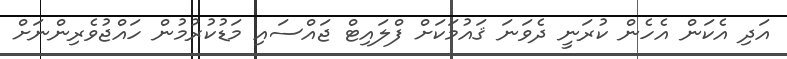
އަދި އެކަން އެހެން ކުރަނީ ދެވަނަ ޤައުމަކަށް ފްލައިޓް ޖައްސައި މަޑުކުރުމުން ހައްޖުވެރިންނަށް